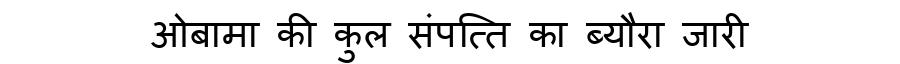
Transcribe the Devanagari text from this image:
ओबामा की कुल संपत्ति का ब्यौरा जारी